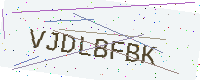
Text: VJDLBFBK